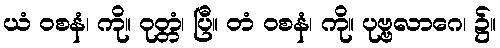
ယံ ဝစနံ၊ ကို။ ဝုတ္တံ၊ ပြီ။ တံ ဝစနံ၊ ကို။ ပုဗ္ဗလာဂေ၊ ၌။